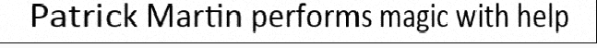
Patrick Martin performs magic with help